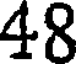
48